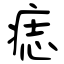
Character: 痣